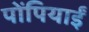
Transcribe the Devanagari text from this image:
पोंपियाईं